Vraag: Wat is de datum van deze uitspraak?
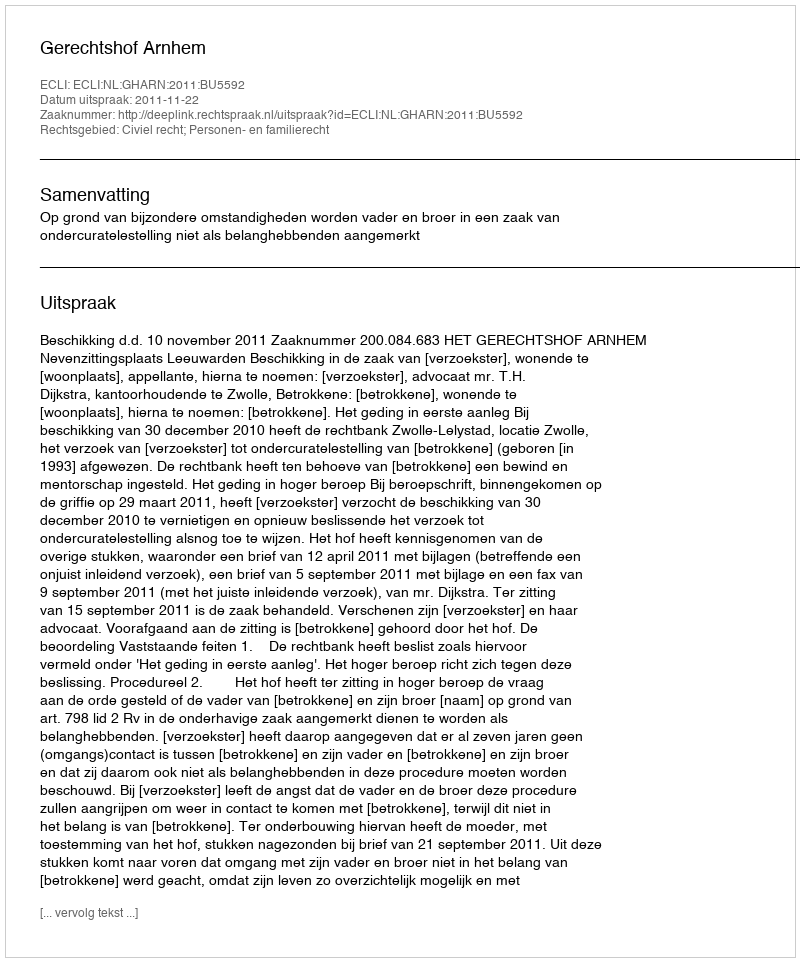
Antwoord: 2011-11-22